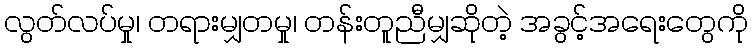
လွတ်လပ်မှု၊ တရားမျှတမှု၊ တန်းတူညီမျှဆိုတဲ့ အခွင့်အရေးတွေကို